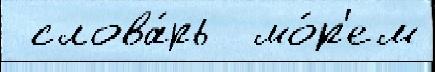
 слова́рь  мо́р'ем